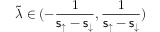
\tilde { \lambda } \in ( - \frac { 1 } { \mathsf { s } _ { \uparrow } - \mathsf { s } _ { \downarrow } } , \frac { 1 } { \mathsf { s } _ { \uparrow } - \mathsf { s } _ { \downarrow } } )